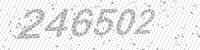
Solution: 246502